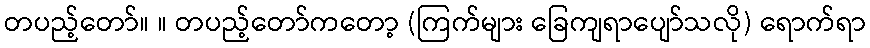
တပည့်တော်။ ။ တပည့်တော်ကတော့ (ကြက်များ ခြေကျရာပျော်သလို) ရောက်ရာ